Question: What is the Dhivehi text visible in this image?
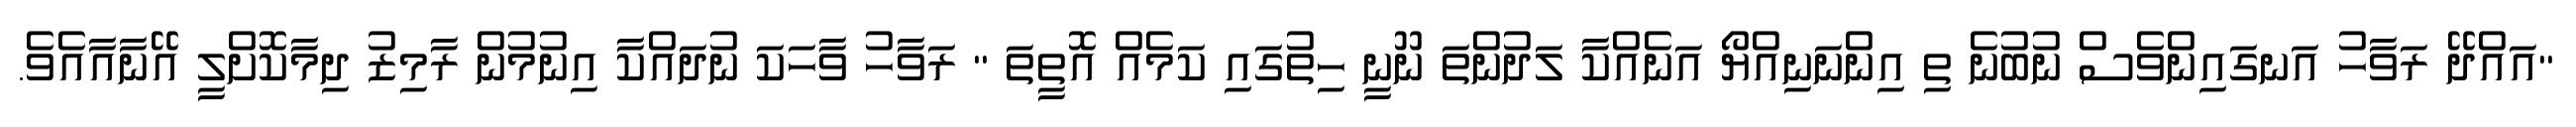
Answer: "އައްދޭ ރަވާހު އަނގައިންވެސް ނުބުނެ ތި އިންނަނިއްޔޯ އަނެއްކާ ލަދުންތަ ނޫނީ ހިތުގައި ކަމެއް އޮތީތަ " ރަވާހު ވާހަކަ ނުދައްކާ އިނުމުން ރާމިޒު ދިމާކޮށްލީ އޭނާއާއެވެ.